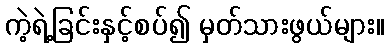
ကဲ့ရဲ့ခြင်းနှင့်စပ်၍ မှတ်သားဖွယ်များ။